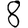
Digit: 8